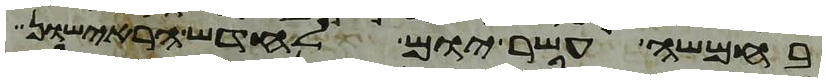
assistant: בחמשה עשר יום לחדש הראישון